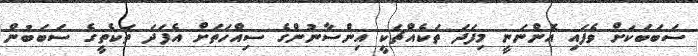
ސަބަބަކަށް ވެފައި އޮންނަނީ މިފަދަ ތަކެއްޗަކީ އިންސާނުންގެ ސިއްހަތަށް އެފަދަ ތަކެތީގެ ސަބަބުން